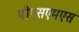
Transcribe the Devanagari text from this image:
पीएसएमएस